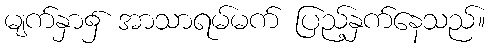
မျက်နှာ၌ အာသာရမ်မက် ပြည့်နှက်နေသည်။